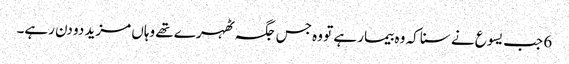
6 جب یسوع نے سنا کہ وہ بیمار ہے تو وہ جس جگہ ٹھہرے تھے وہاں مزید دو دن رہے۔